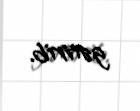
gətirib.